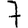
Digit: 7